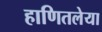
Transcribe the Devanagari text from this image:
हाणितलेया